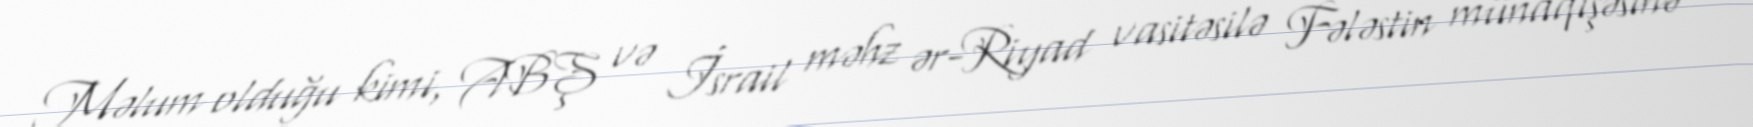
Məlum olduğu kimi, ABŞ və İsrail məhz ər-Riyad vasitəsilə Fələstin münaqişəsinə